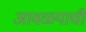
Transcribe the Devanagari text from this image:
आवळ्याची